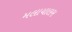
મલાયાલમ